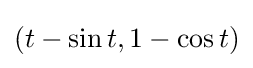
(t-\sin t,1-\cos t)